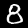
Label: 8